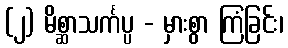
(၂) မိစ္ဆာသင်္ကပ္ပ - မှားစွာ ကြံခြင်း၊